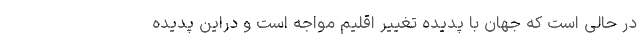
در حالی است که جهان با پدیده تغییر اقلیم مواجه است و دراین پدیده